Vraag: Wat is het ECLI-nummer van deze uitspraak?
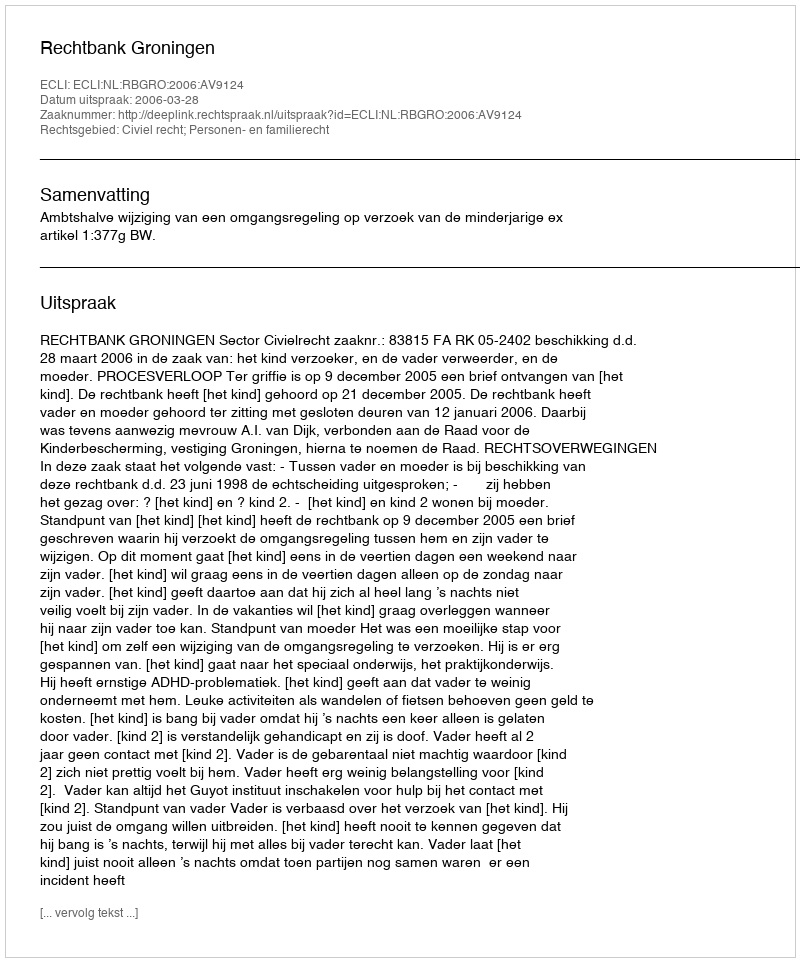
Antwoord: ECLI:NL:RBGRO:2006:AV9124